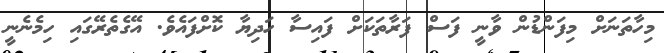
މިހާތަނަށް މިފަންޑުން ވާނީ ފަސް ފަރާތަކަށް ފައިސާ ހަދިޔާ ކޮށްފައެވެ. އޭގެތެރޭގައި ހިމެނެނީ